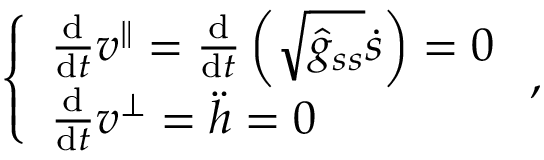
\left\{ \begin{array} { l } { \frac { \mathrm { d } } { \mathrm { d } t } v ^ { \| } = \frac { \mathrm { d } } { \mathrm { d } t } \left( \sqrt { \hat { g } _ { s s } } \dot { s } \right) = 0 } \\ { \frac { \mathrm { d } } { \mathrm { d } t } v ^ { \perp } = \ddot { h } = 0 } \end{array} \right. ,